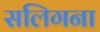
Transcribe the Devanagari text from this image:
सलिगना